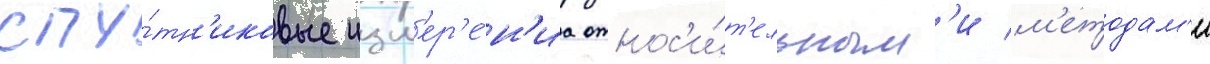
спу́тн'иковые изм'ер'е́н'иа относ'и́т'ельным'и м'етодам'и